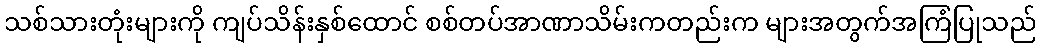
သစ်သားတုံးများကို ကျပ်သိန်းနှစ်ထောင် စစ်တပ်အာဏာသိမ်းကတည်းက များအတွက်အကြံပြုသည်